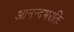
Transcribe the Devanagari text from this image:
आनन्दभरतिः